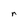
Character: r